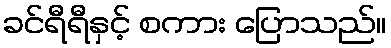
ခင်ရီရီနှင့် စကား ပြောသည်။